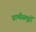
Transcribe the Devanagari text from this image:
प्राणीसमूहों